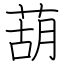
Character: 葫